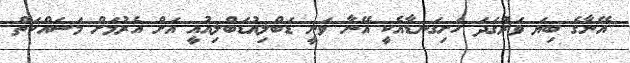
އޭނާގެ ބިޔަ ވަރުގަދަ ހަށިގަނޑާއެކީ އޭނާ ވަނީ ޑަބްލިއުޑަބްލިއުއީ އަށް އެރުމަށް މަސައްކަތް